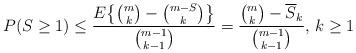
LaTeX: \begin{align*}P(S\ge 1) \le \frac{ E{\big\{}{m\choose k} - {{m-S}\choose k}{\big\}}} { {{m-1}\choose {k-1}} }= \frac{ {m\choose k} - {\overline S}_k} { {{m-1}\choose {k-1}} } , \, k\ge 1\end{align*}